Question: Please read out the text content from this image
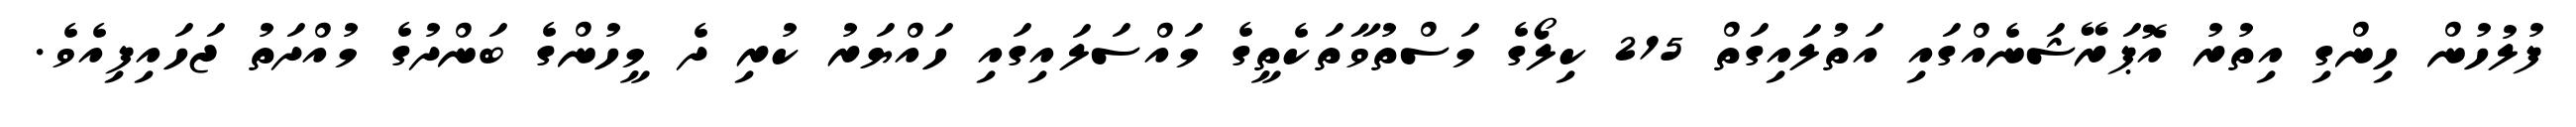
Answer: ފުލުހުން ހިންގި އިތުރު އޮޕަރޭޝަނެއްގައި އަތުލައިގަތް 215 ކިލޯގެ މަސްތުވާތަކެތީގެ މައްސަލައިގައި ހައްޔަރު ކުރި ދެ މީހުންގެ ބަންދުގެ މުއްދަތު ޖަހައިފިއެވެ.